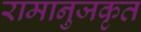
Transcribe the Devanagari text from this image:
रामानुजकृत